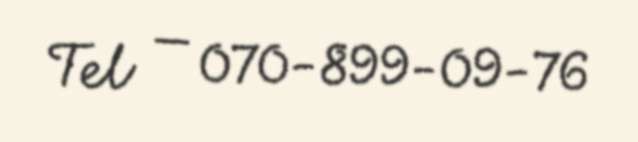
Tel — 070-899-09-76